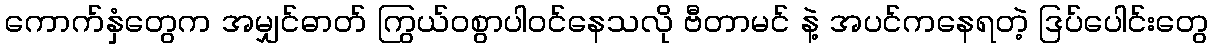
ကောက်နှံတွေက အမျှင်ဓာတ် ကြွယ်ဝစွာပါဝင်နေသလို ဗီတာမင် နဲ့ အပင်ကနေရတဲ့ ဒြပ်ပေါင်းတွေ